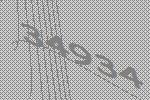
34934